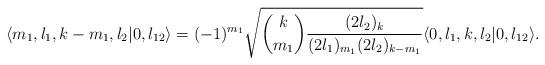
LaTeX: \begin{align*} \langle m_1,l_1,k-m_1,l_2 | 0,l_{12} \rangle &= (-1)^{m_1} \sqrt{\binom{k}{m_1}\frac{(2l_2)_k}{(2l_1)_{m_1}(2l_2)_{k-m_1}}}\langle 0,l_1,k,l_2 | 0,l_{12} \rangle.\end{align*}